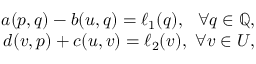
\begin{array} { r l r } & { } & { a ( { p } , { q } ) - b ( \boldsymbol { u } , { q } ) = \ell _ { 1 } ( { q } ) , ~ ~ \forall { q } \in \mathbb { Q } , } \\ & { } & { d ( \boldsymbol { v } , { p } ) + c ( \boldsymbol { u } , \boldsymbol { v } ) = \ell _ { 2 } ( \boldsymbol { v } ) , ~ \forall \boldsymbol { v } \in \boldsymbol { U } , } \end{array}